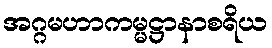
အဂ္ဂမဟာကမ္မဋ္ဌာနာစရိယ